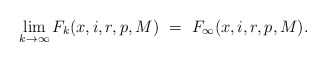
\begin{align*}\lim_{k\rightarrow\infty} F_k(x,i,r,p,M) \ = \ F_\infty(x,i,r,p,M).\end{align*}